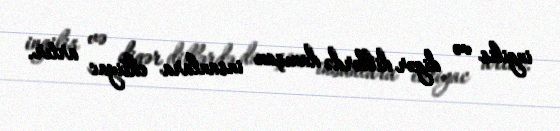
ingilis və digər dillərdə danışan insanlara ehtiyac artır.